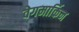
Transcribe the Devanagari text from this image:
वेगमार्किन